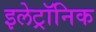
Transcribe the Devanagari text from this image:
इलेट्रॉनिक